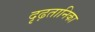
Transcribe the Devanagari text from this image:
दृढ़तानिका